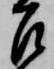
召